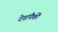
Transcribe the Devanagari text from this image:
देवांपैकीं